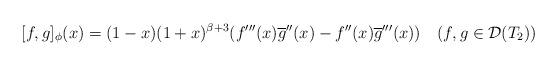
LaTeX: \begin{align*}\lbrack f,g]_{\phi}(x)=(1-x)(1+x)^{\beta+3}(f^{\prime\prime\prime}(x)\overline{g}^{\prime\prime}(x)-f^{\prime\prime}(x)\overline{g}^{\prime\prime\prime}(x))\quad(f,g\in\mathcal{D}(T_{2}))\end{align*}